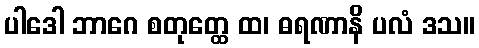
ပါဒေါ ဘာဂေ စတုတ္ထေ ထ၊ ဓရဏာနိ ပလံ ဒသ။